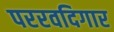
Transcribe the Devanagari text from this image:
पररवदिगार